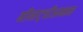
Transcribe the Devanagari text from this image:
मीनाट्चीअम्मन